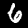
Digit: 6